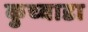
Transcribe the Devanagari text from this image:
कुच्वाडा